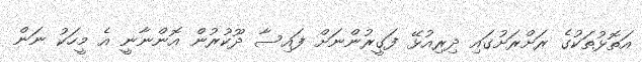
އަތޮޅުތަކުގެ ރަށްރަށުގައި ދިރިއުޅޭ ފަގީރުންނަށް ފައިސާ ދޫކުރުން އޮންނާނީ އެ މީހަކު ނަން